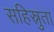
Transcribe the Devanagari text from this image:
सहिस्नुता